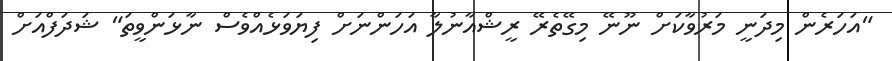
"އަހަރެން މިދަނީ މަރުވާކަށް ނޫނޭ މިގޭތެރޭ ރީޝްއާނުލާ އަހަންނަށް ފިޔަވަޅެއްވެސް ނާޅަންވީތަ" ޝަދަފްއަށް